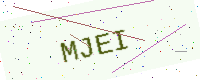
Text: MJEI